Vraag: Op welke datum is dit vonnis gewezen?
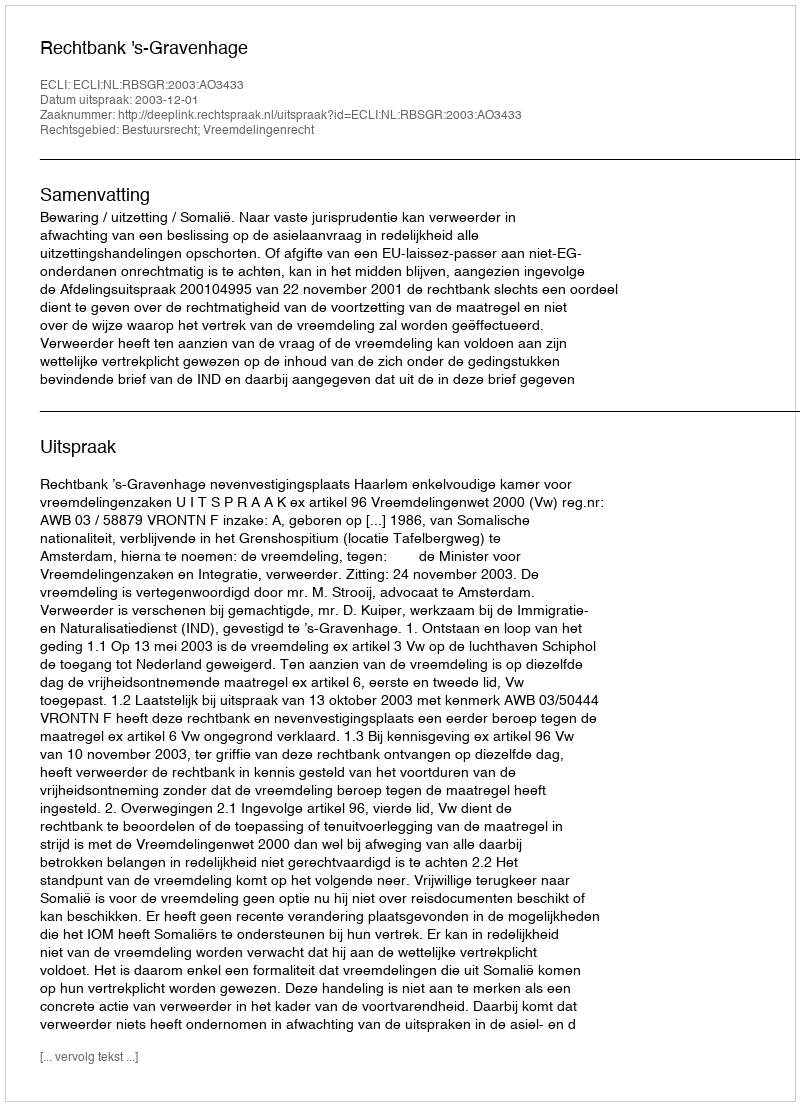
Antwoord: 2003-12-01